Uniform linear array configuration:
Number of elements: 64
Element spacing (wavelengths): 0.25
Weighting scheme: cosine
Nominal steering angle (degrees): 60
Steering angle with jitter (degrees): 61.332
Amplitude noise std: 0.05
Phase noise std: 0.05

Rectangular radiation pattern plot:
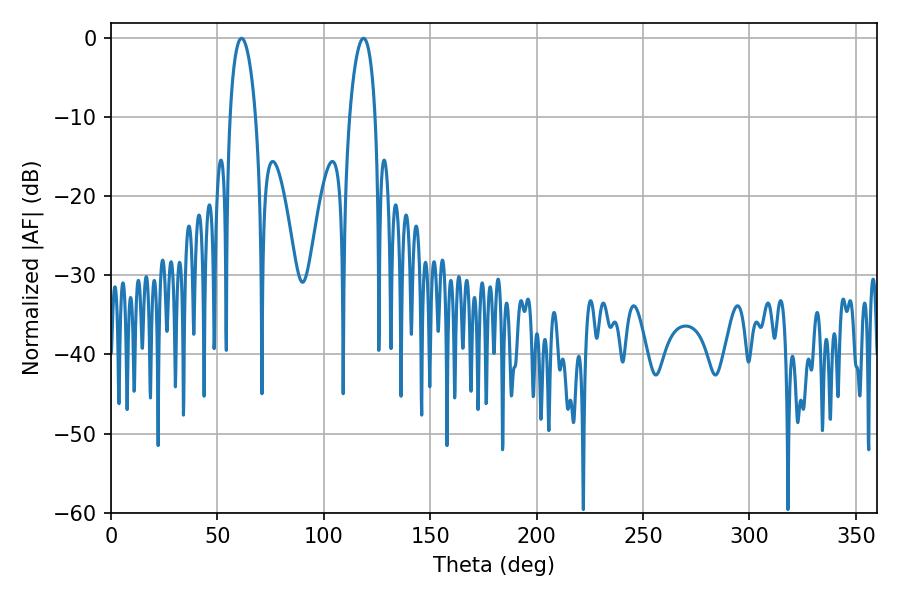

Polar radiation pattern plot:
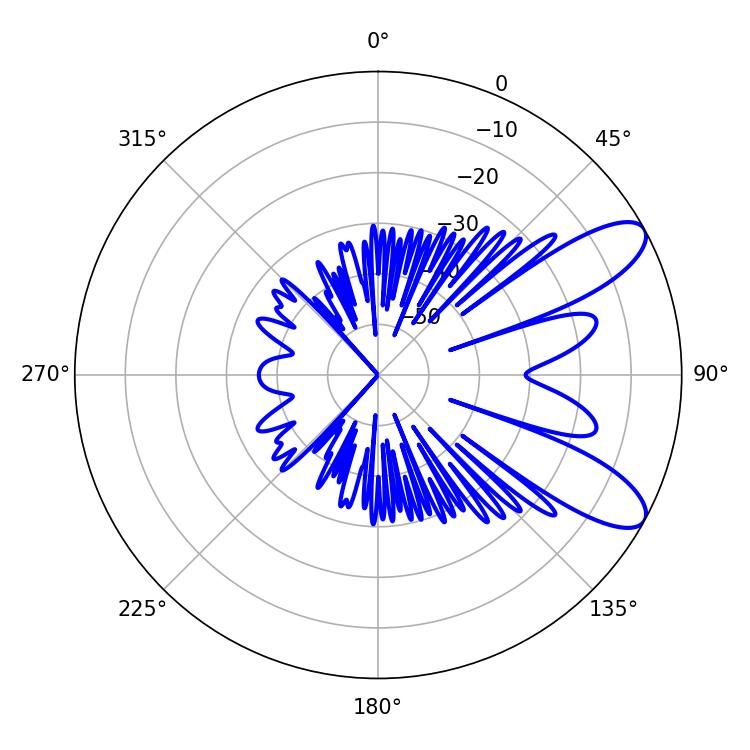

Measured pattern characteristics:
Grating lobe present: FALSE
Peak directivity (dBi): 9.356
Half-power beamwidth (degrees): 6.84
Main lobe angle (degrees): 61.38